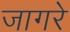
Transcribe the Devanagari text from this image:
जागरे